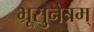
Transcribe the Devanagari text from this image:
भ्रूसुनेत्रम्